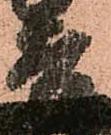
吉